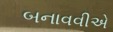
બનાવવીએ